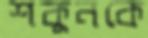
শকুনকে